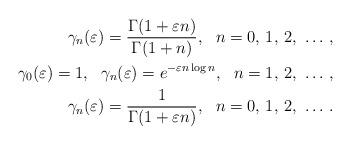
LaTeX: \begin{align*}\gamma_n(\varepsilon)=\frac{\Gamma(1+\varepsilon{}n)}{\Gamma(1+n)},\ \ n=0,\,1,\,2,\,\,\ldots\,,\\\gamma_0(\varepsilon)=1,\ \ \gamma_n(\varepsilon)=e^{-\varepsilon{}n\log n}, \ \ n=1,\,2,\,\,\ldots\,,\\\gamma_n(\varepsilon)=\frac{1}{\Gamma(1+\varepsilon n)}, \ \ n=0,\,1,\,2,\,\,\ldots\,.\end{align*}